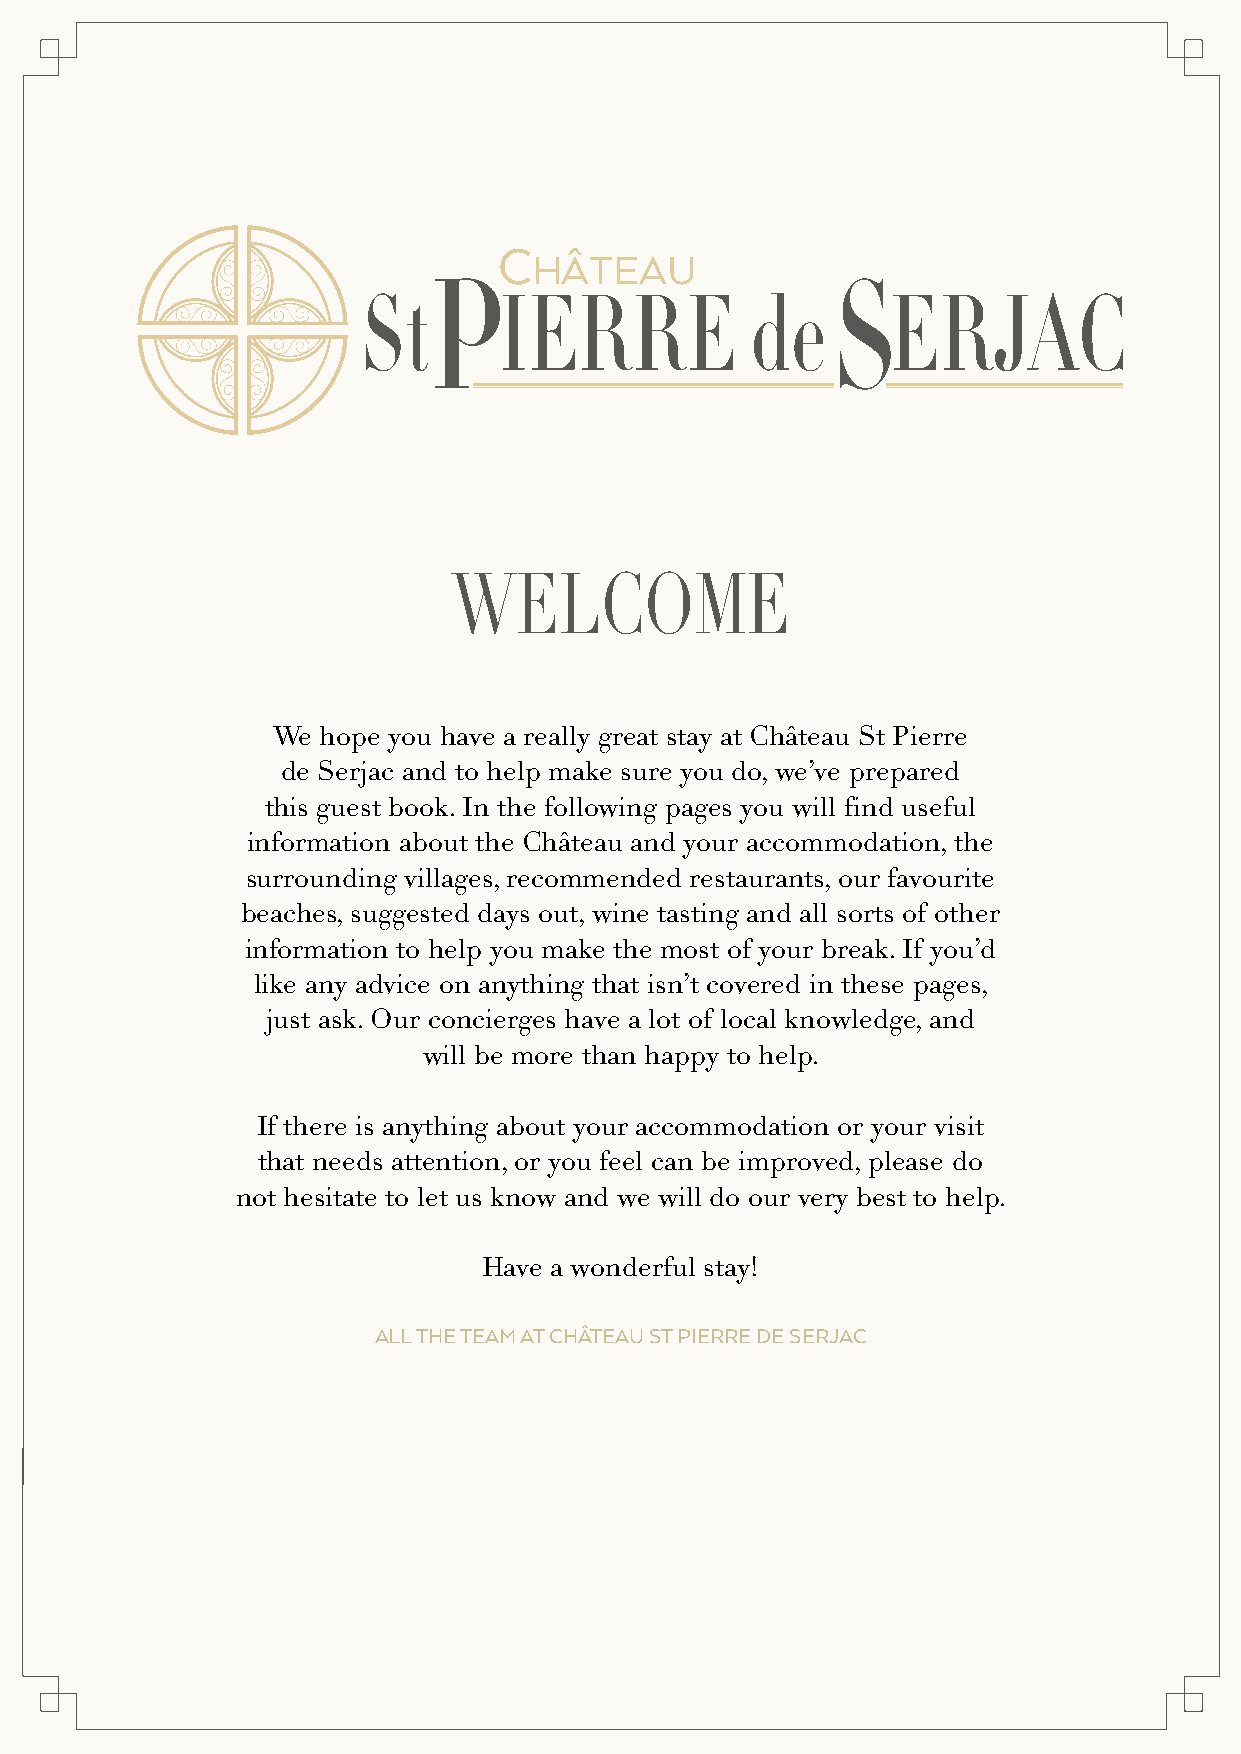
C
 HÂTEAU
 P                          S
 St       IERRE            de       ERJAC
 WELCOME
 We hope you have a really great stay at Château St Pierre
 de Serjac and to help make sure you do, we’ve prepared
 this guest book. In the following pages you will find useful
 information about the Château and your accommodation, the
 surrounding villages, recommended restaurants, our favourite
 beaches, suggested days out, wine tasting and all sorts of other
 information to help you make the most of your break. If you’d
 like any advice on anything that isn’t covered in these pages,
 just ask. Our concierges have a lot of local knowledge, and
 will be more than happy to help.
 If there is anything about your accommodation or your visit
 that needs attention, or you feel can be improved, please do
 not hesitate to let us know and we will do our very best to help.
 Have a wonderful stay!
 ALL THE TEAM AT CHÂTEAU ST PIERRE DE SERJAC